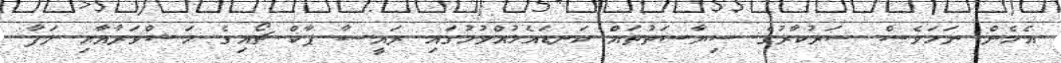
އެހެން ނަމަވެސް ސަރުކާރުގެ ސިޔާސަތުތައް ކަނޑައެޅުއްވުމުގައި ރައީސާ ޕާކް ޗޯއިގެ މަޝްވަރާއާއި ލަފާ